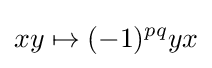
xy\mapsto (-1)^{pq}yx